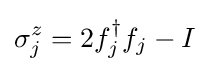
\sigma _{j}^{z}=2f_{j}^{\dagger }f_{j}-I